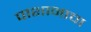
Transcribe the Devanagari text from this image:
पाशानाचा